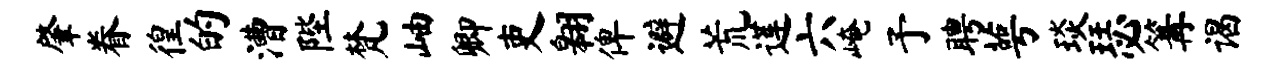
肇眷徨的漕陛梵岫卿吏翱俾避荒莲六崦予聘萼琰瑟篝谒